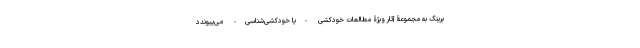
برینگ به مجموعۀ آثار ویژۀ مطالعات خودکشی -یا خودکشی‌شناسی- می‌پیوندد